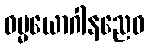
ဓမ္မယောဂါနညေဝ